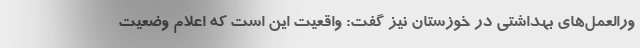
ورالعمل‌های بهداشتی در خوزستان نیز گفت: واقعیت این است که اعلام وضعیت